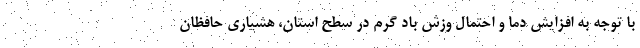
با توجه به افزایش دما و احتمال وزش باد گرم در سطح استان، هشیاری حافظان